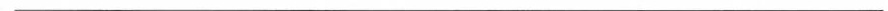
___